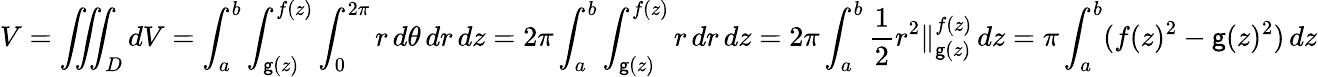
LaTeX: V=\iiint_{D}dV=\int_{a}^{b}\int_{\mathsf{g}(z)}^{f(z)}\int_{0}^{2\pi}r\, d\theta\, dr\, dz=2\pi\int_{a}^{b}\int_{\mathsf{g}(z)}^{f(z)}r\, dr\, dz=2\pi\int_{a}^{b}{\frac{{1}}{{2}}}r^{2}\Vert_{\mathsf{g}(z)}^{f(z)}\, dz=\pi\int_{a}^{b}(f(z)^{2}-\mathsf{g}(z)^{2})\, dz